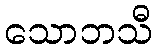
သောဘသီ